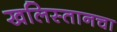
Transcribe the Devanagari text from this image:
खलिस्तानचा